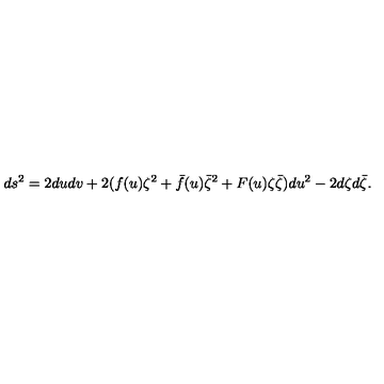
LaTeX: d s ^ { 2 } = 2 d u d v + 2 ( f ( u ) \zeta ^ { 2 } + \bar { f } ( u ) \bar { \zeta } ^ { 2 } + F ( u ) \zeta \bar { \zeta } ) d u ^ { 2 } - 2 d \zeta d \bar { \zeta } .